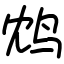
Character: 鸩